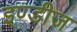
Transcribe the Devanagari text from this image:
इण्डीज